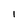
Character: l